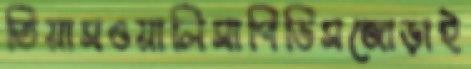
তিয়াসওয়ালিসাপিডিসজোড়াই